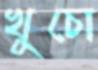
খুচো